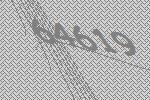
64619